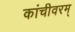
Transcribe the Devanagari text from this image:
कांचीवरम्